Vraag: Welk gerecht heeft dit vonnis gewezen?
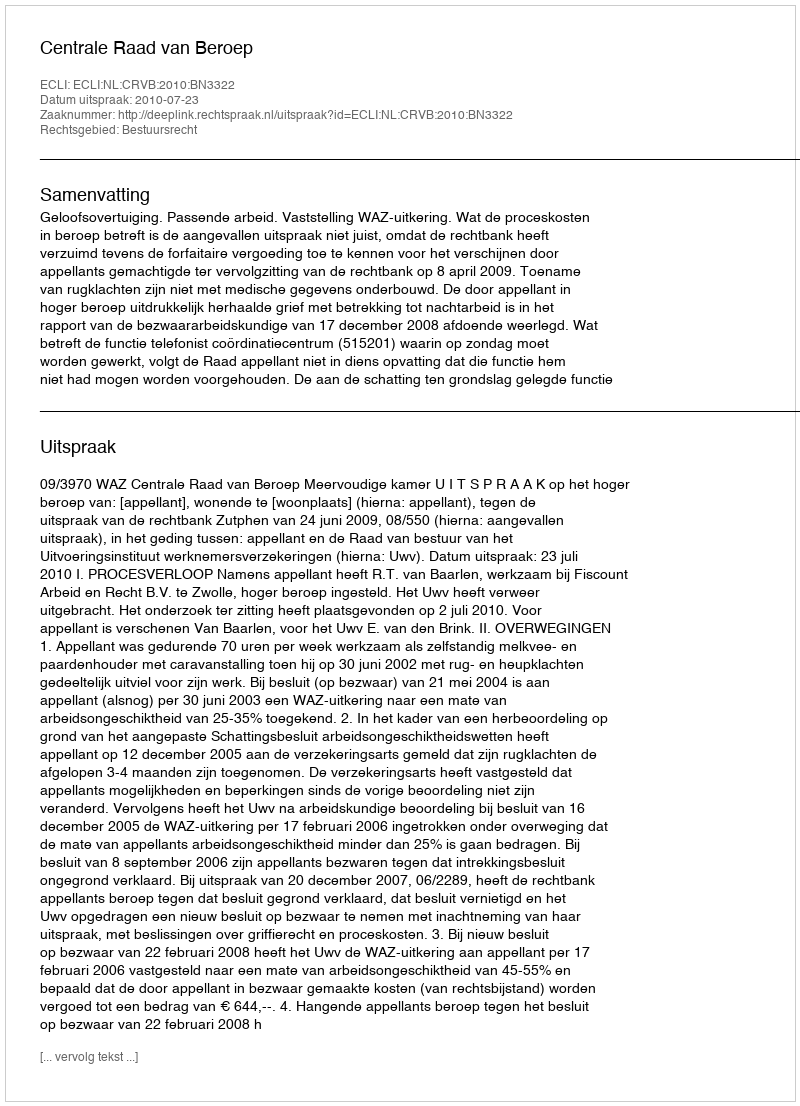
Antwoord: Centrale Raad van Beroep